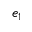
e _ { 1 }